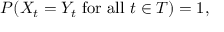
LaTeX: P ( X _ { t } = Y _ { t } { \mathrm { ~ f o r ~ a l l ~ } } t \in T ) = 1 ,